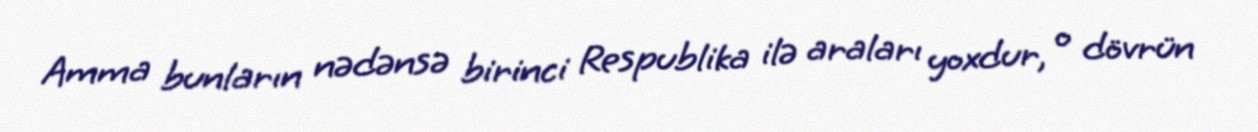
Amma bunların nədənsə birinci Respublika ilə araları yoxdur, o dövrün